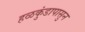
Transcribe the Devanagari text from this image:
हळकुंडापासुन